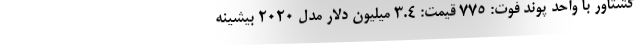
گشتاور با واحد پوند فوت: 775 قیمت: 3.4 میلیون دلار مدل 2020 بیشینه